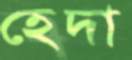
হেদা